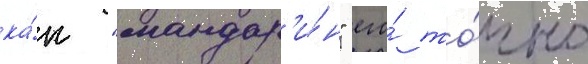
ка́к "мандар'и́н" его́ то́чно